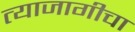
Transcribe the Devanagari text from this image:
त्याजागीचा